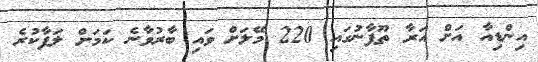
އިންޑިއާ އަށް އަރާ ތޫފާނުގައި 220 މޭލަށް ވައި ބާރުވާނެ ކަމަށް ލަފާކުރެ